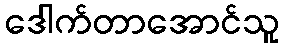
ဒေါက်တာအောင်သူ